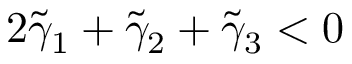
2 \tilde { \gamma } _ { 1 } + \tilde { \gamma } _ { 2 } + \tilde { \gamma } _ { 3 } < 0